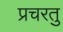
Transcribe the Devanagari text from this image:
प्रचरतु